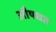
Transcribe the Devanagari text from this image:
औषधत